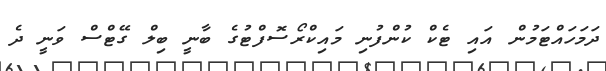
ދަމަހައްޓަމުން އައި ޓެކް ކުންފުނި މައިކްރޯސޮފްޓުގެ ބާނީ ބިލް ގޭޓްސް ވަނީ ދެ